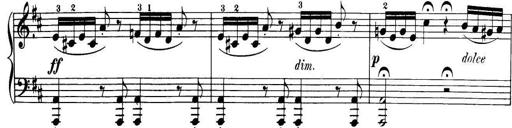
Title: 32 Sonatinas and Rondos for the Piano
Composer: Richard Kleinmichel